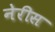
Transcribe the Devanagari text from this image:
नेरीस